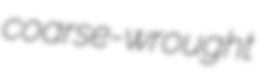
coarse-wrought